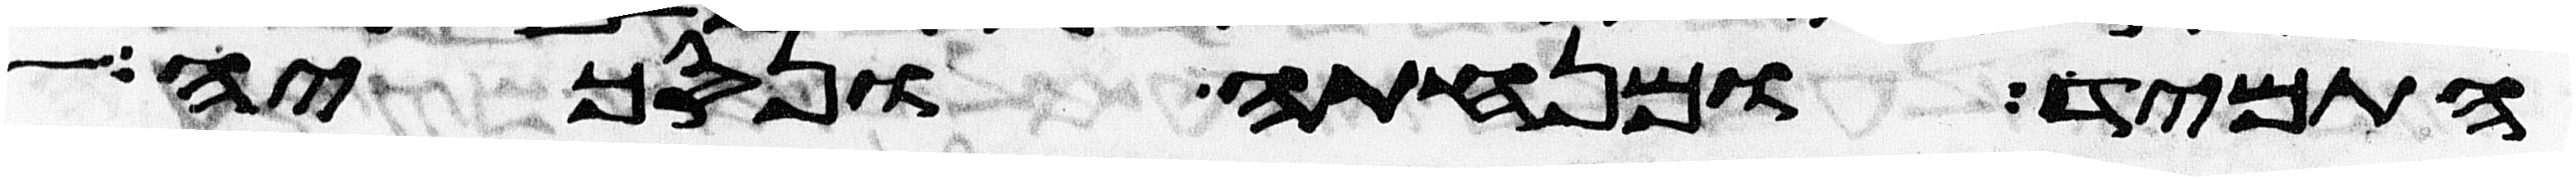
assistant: התמיד ומנחתה ונסכיה אלה